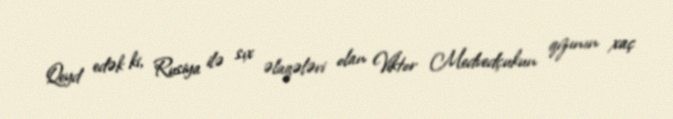
Qeyd edək ki, Rusiya ilə sıx əlaqələri olan Viktor Medvedçukun qızının xaç